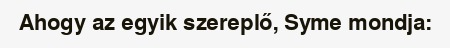
Ahogy az egyik szereplő, Syme mondja: